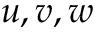
u , v , w